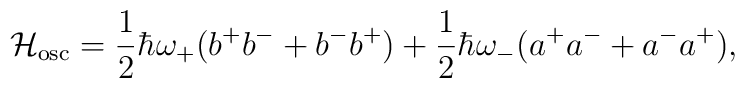
{\cal H}_{\rm osc}= \frac{1}{2}\hbar\omega_+(b^+b^- +b^-b^+)+\frac{1}{2}\hbar\omega_-(a^+a^-+ a^-a^+),